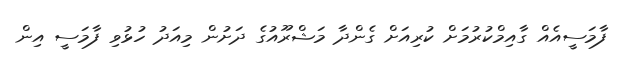
ފާމަސީއެއް ގާއިމްކުރުމަށް ކުރިއަށް ގެންދާ މަޝްރޫއުގެ ދަށުން މިއަދު ހުޅުވި ފާމަސީ އިން